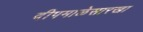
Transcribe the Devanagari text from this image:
दीपमाळेसारखा